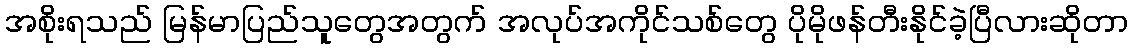
အစိုးရသည် မြန်မာပြည်သူတွေအတွက် အလုပ်အကိုင်သစ်တွေ ပိုမိုဖန်တီးနိုင်ခဲ့ပြီလားဆိုတာ